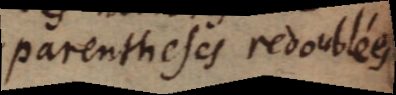
parentheses redoublées